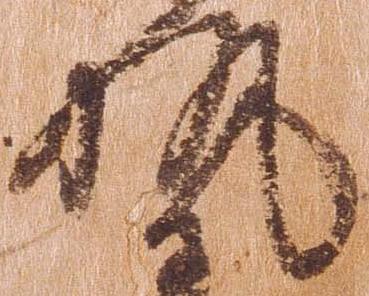
執